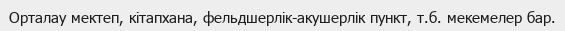
Орталау мектеп, кітапхана, фельдшерлік-акушерлік пункт, т.б. мекемелер бар.